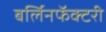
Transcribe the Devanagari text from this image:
बर्लिनफॅक्टरी